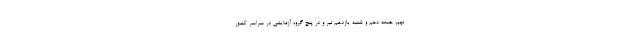
نهم، جمعه دهم و شنبه یازدهم تیر و در پنچ گروه آزمایشی در سراسر کشور